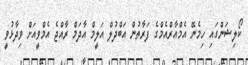
ކޯލިޝަންގައި ހިމެނޭ އެމްއާރްއެމްގެ ފަރާތުން އަބްދުލް އަލީމް އާދަމް ރާއްޖެ އެމްވީއަށް ވިދާޅުވީ